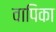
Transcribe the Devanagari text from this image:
वापिका